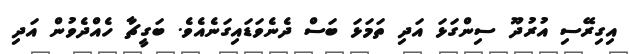
އިގިރޭސި އުރުދޫ ސިންގަޅަ އަދި ތަމަޅަ ބަސް ދެނެވަޑައިގަނެއެވެ. ބަގީޗާ ހެއްދެވުން އަދި